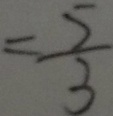
= \frac { 5 } { 3 }